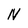
Character: N